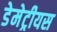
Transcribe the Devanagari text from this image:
डेमेट्रीयस